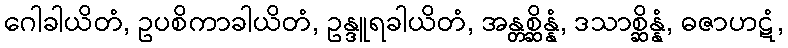
ဂေါခါယိတံ, ဥပစိကာခါယိတံ, ဥန္ဒူရခါယိတံ, အန္တစ္ဆိန္နံ, ဒသာစ္ဆိန္နံ, ဓဇာဟဋံ,